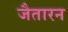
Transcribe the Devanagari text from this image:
जैतारन